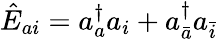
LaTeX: {\hat{E}_{ai}=a_{a}^{\dagger}a_{i}+a_{\bar{a}}^{\dagger}a_{\bar{i}}}